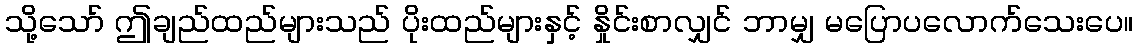
သို့သော် ဤချည်ထည်များသည် ပိုးထည်များနှင့် နှိုင်းစာလျှင် ဘာမျှ မပြောပလောက်သေးပေ။